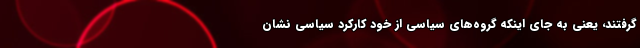
گرفتند، یعنی به جای اینکه گروه‌های سیاسی از خود کارکرد سیاسی نشان